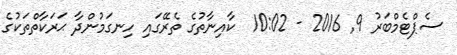
ސެޕްޓެމްބަރު 9